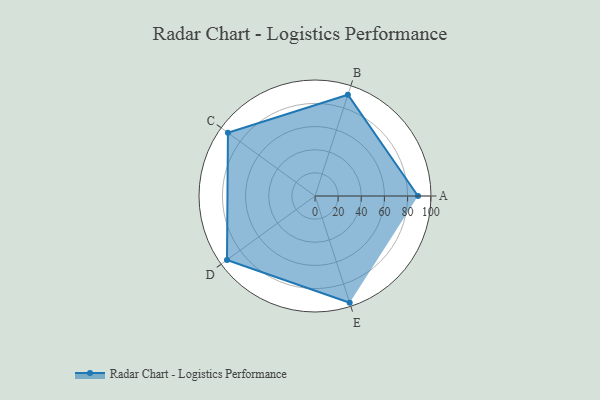
{"axis": {"x": "Skill", "y": "Score"}, "legend": ["Profile"], "data": [{"x": "A", "y": 89.0, "type": "Profile"}, {"x": "B", "y": 92.0, "type": "Profile"}, {"x": "C", "y": 93.0, "type": "Profile"}, {"x": "D", "y": 94.0, "type": "Profile"}, {"x": "E", "y": 97.0, "type": "Profile"}]}